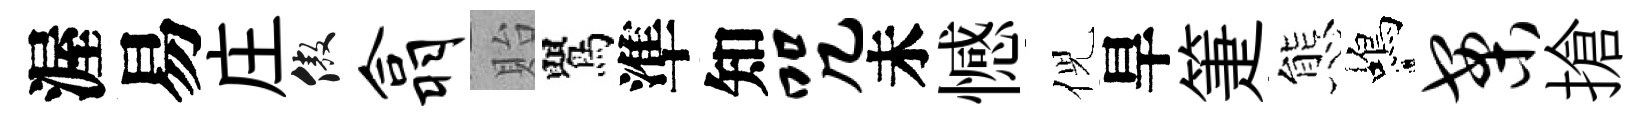
渥易庄傲翕貽鸎準知咒未憾倪旱箑態蝎案搶